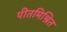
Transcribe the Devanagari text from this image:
पीतमिश्रित